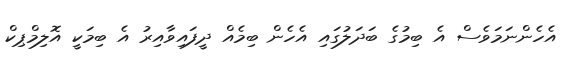
އެހެންނަމަވެސް އެ ބިމުގެ ބަދަލުގައި އެހެން ބިމެއް ދީފައިވާއިރު އެ ބިމަކީ އޮލިމްޕިކް